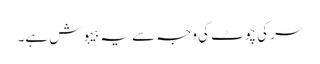
سر کی چوٹ کی وجہ سے یہ بیہوش ہے۔